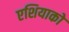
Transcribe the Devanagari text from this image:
एशियाको